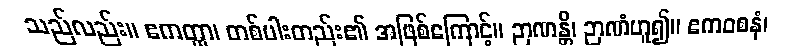
သည်လည်း။ ဧကတ္ထာ၊ တစ်ပါးတည်း၏ အဖြစ်ကြောင့်။ ဉာဏန္တိ၊ ဉာဏံဟူ၍။ ဧကဝစနံ၊